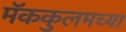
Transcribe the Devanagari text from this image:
मॅककुलमच्या